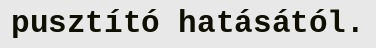
pusztító hatásától.